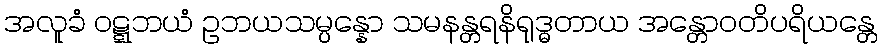
အလူခံ ဝဋ္ဋဘယံ ဥဘယသမ္ပန္နော သမနန္တရနိရုဒ္ဓတာယ အန္တောဝတိပရိယန္တေ